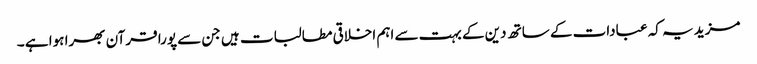
مزید یہ کہ عبادات کے ساتھ دین کے بہت سے اہم اخلاقی مطالبات ہیں جن سے پورا قرآن بھرا ہوا ہے ۔